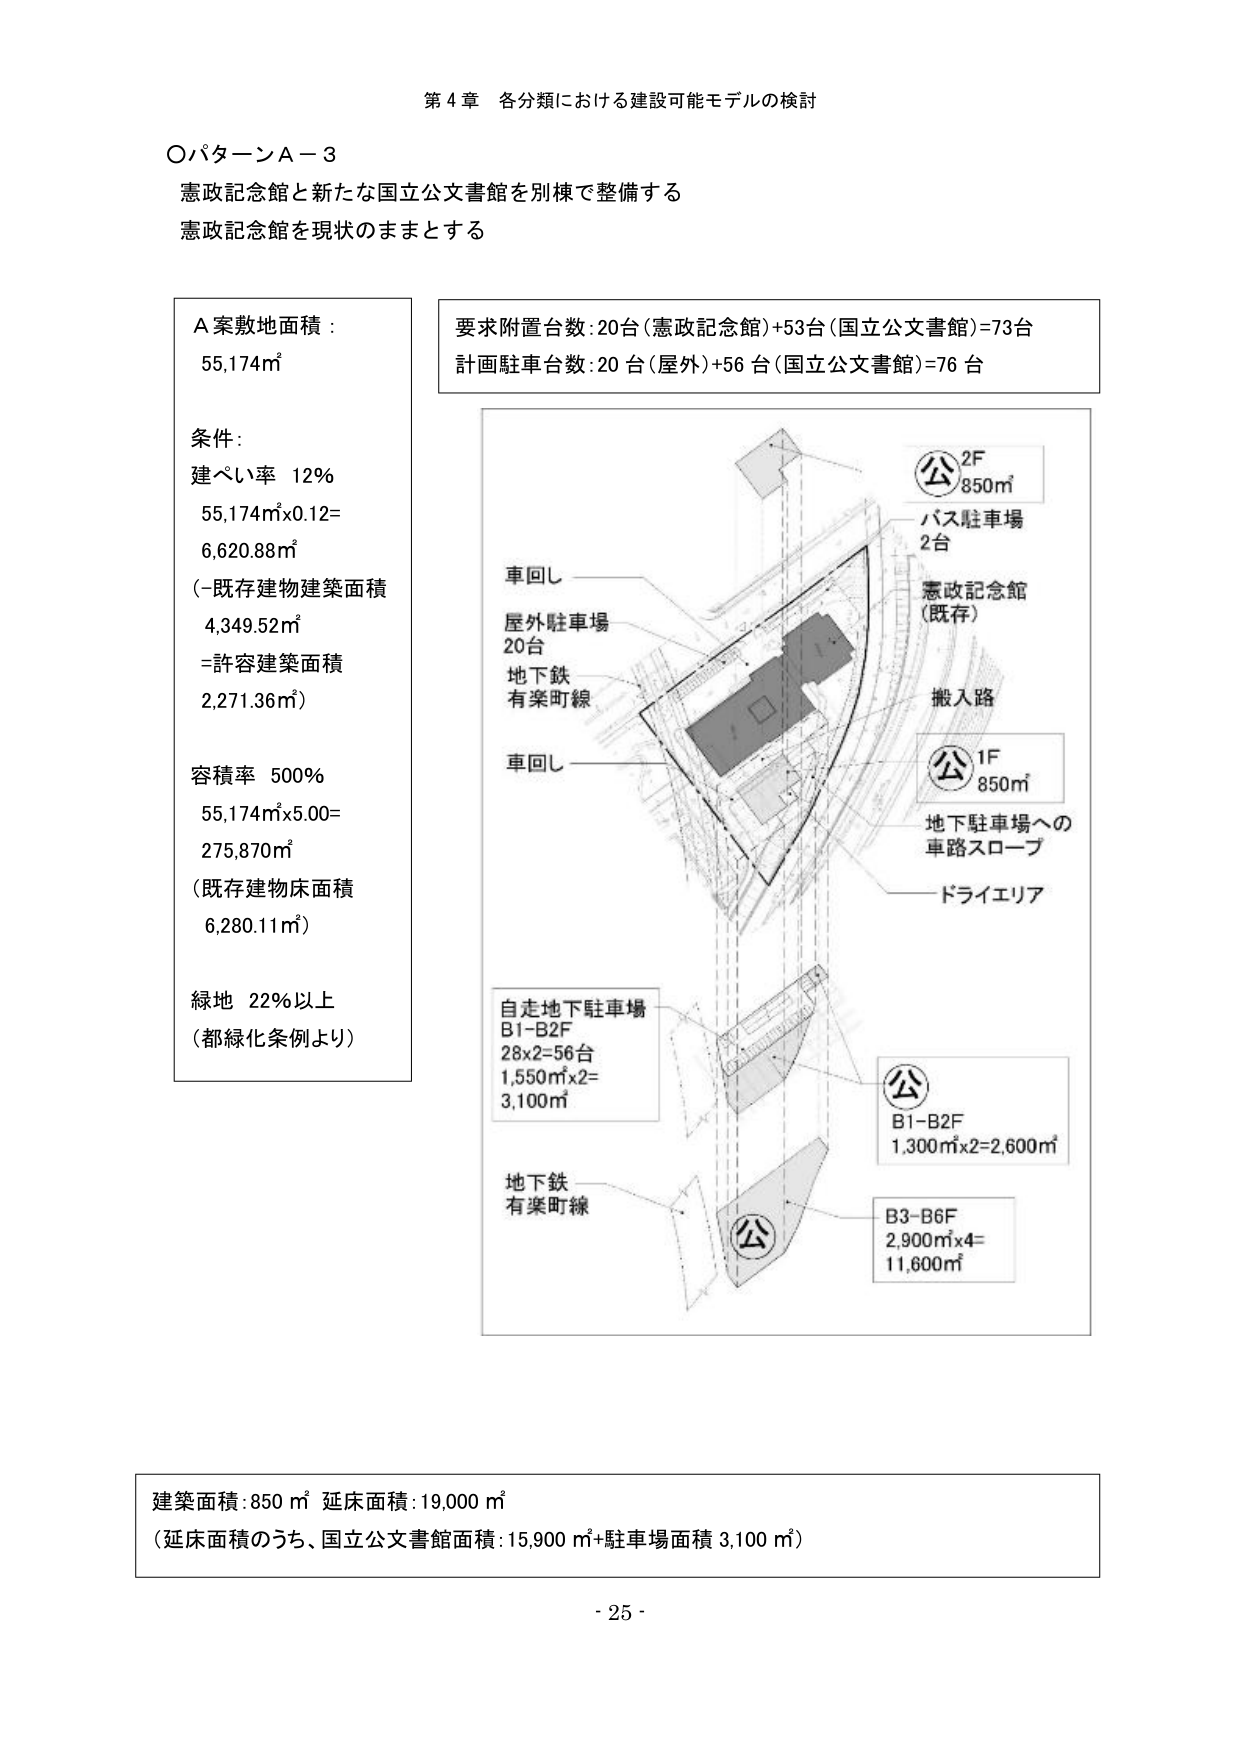
第４章 各分類における建設可能モデルの検討

〇パターンＡ－３
憲政記念館と新たな国立公文書館を別棟で整備する
憲政記念館を現状のままとする

Ａ案敷地面積：
55,174㎡

条件：
建ぺい率 12％
55,174㎡×0.12=
6,620.88㎡
（－既存建物建築面積
4,349.52㎡
＝許容建築面積
2,271.36㎡）

容積率 500％
55,174㎡×5.00=
275,870㎡
（既存建物床面積
6,280.11㎡）

緑地 22％以上
（都緑化条例より）

要求附置台数：20台（憲政記念館）＋53台（国立公文書館）＝73台
計画駐車台数：20台（屋外）＋56台（国立公文書館）＝76台

車回し
屋外駐車場
20台
地下鉄
有楽町線

車回し

公 2F
850㎡
バス駐車場
2台

憲政記念館
（既存）

搬入路

公 1F
850㎡
地下駐車場への
車路スロープ

ドライエリア

自走地下駐車場
B1-B2F
28×2=56台
1,550㎡×2=
3,100㎡

地下鉄
有楽町線

公
B1-B2F
1,300㎡×2=2,600㎡

B3-B6F
2,900㎡×4=
11,600㎡

建築面積：850㎡ 延床面積：19,000㎡
（延床面積のうち、国立公文書館面積：15,900㎡＋駐車場面積 3,100㎡）

- 25 -